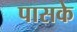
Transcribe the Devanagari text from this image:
पासके